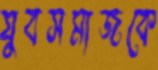
যুবসমাজকে